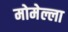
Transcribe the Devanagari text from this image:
मोमेल्ला